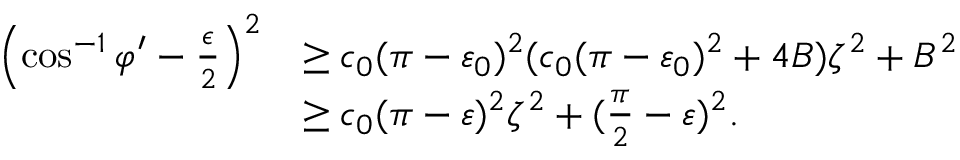
\begin{array} { r l } { \left( \cos ^ { - 1 } \varphi ^ { \prime } - \frac { \epsilon } { 2 } \right) ^ { 2 } } & { \geq c _ { 0 } ( \pi - \varepsilon _ { 0 } ) ^ { 2 } ( c _ { 0 } ( \pi - \varepsilon _ { 0 } ) ^ { 2 } + 4 B ) \zeta ^ { 2 } + B ^ { 2 } } \\ & { \geq c _ { 0 } ( \pi - \varepsilon ) ^ { 2 } \zeta ^ { 2 } + ( \frac { \pi } { 2 } - \varepsilon ) ^ { 2 } . } \end{array}